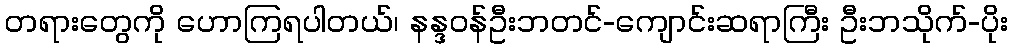
တရားတွေကို ဟောကြရပါတယ်၊ နန္ဒဝန်ဦးဘတင်-ကျောင်းဆရာကြီး ဦးဘသိုက်-ပိုး